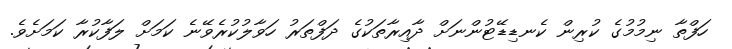
ހަފްތާ ނިމުމުގެ ކުރިން ކެނޑިޑޭޓުންނަށް ދާއިރާތަކުގެ ދަފްތަރު ހަވާލުކުރެވޭނެ ކަމަށް ލަފާކުރާ ކަމަށެވެ.